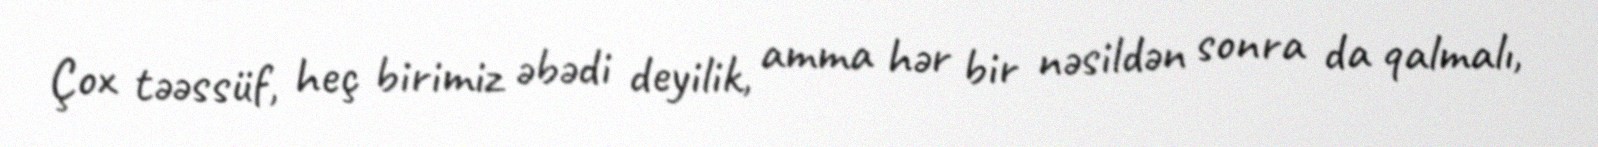
Çox təəssüf, heç birimiz əbədi deyilik, amma hər bir nəsildən sonra da qalmalı,